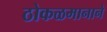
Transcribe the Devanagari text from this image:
ठोकळमानाने